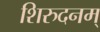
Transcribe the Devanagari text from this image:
शिरुदनम्